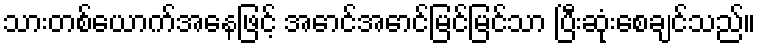
သားတစ်ယောက်အနေဖြင့် အောင်အောင်မြင်မြင်သာ ပြီးဆုံးစေချင်သည်။